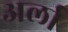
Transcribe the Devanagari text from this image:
अर्ला